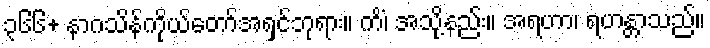
၃၆၆+ နာဂသိန်ကိုယ်တော်အရှင်ဘုရား။ ကိံ၊ အသို့နည်း။ အရဟာ၊ ရဟန္တာသည်။